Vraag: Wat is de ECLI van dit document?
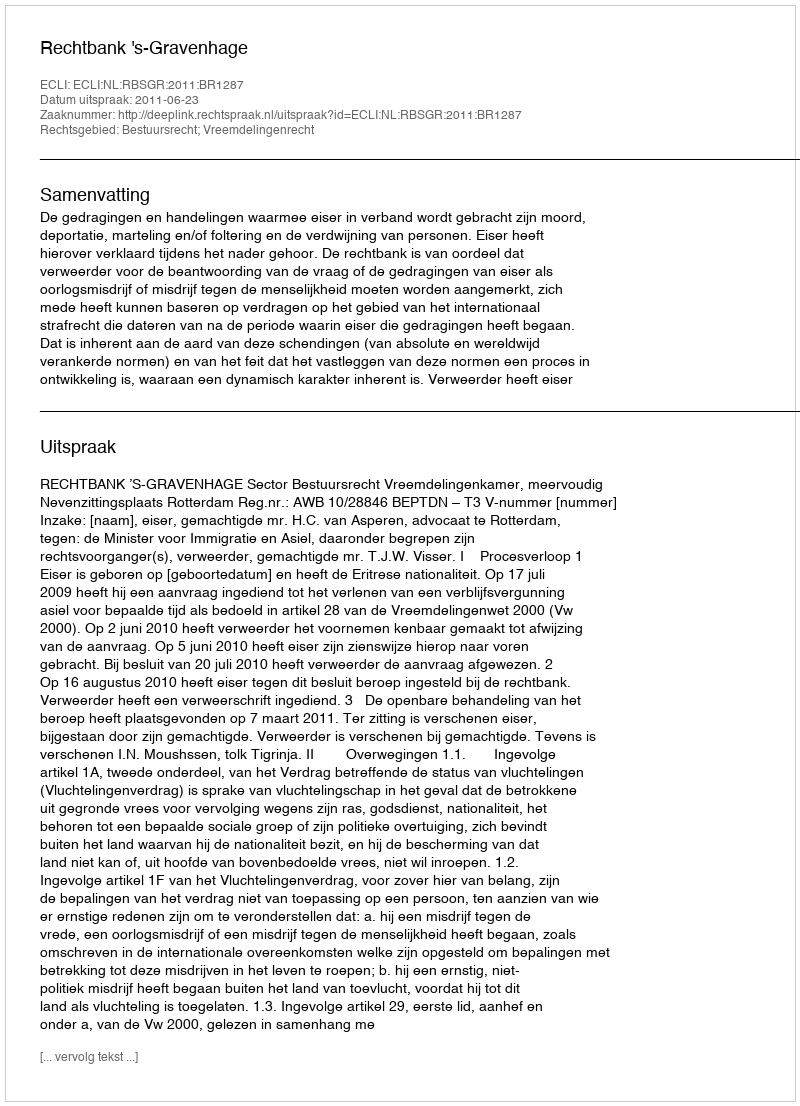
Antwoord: ECLI:NL:RBSGR:2011:BR1287